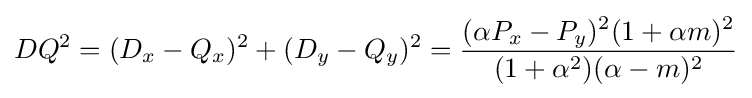
DQ^{2}=(D_{x}-Q_{x})^{2}+(D_{y}-Q_{y})^{2}={\frac {(\alpha P_{x}-P_{y})^{2}(1+\alpha m)^{2}}{(1+\alpha ^{2})(\alpha -m)^{2}}}